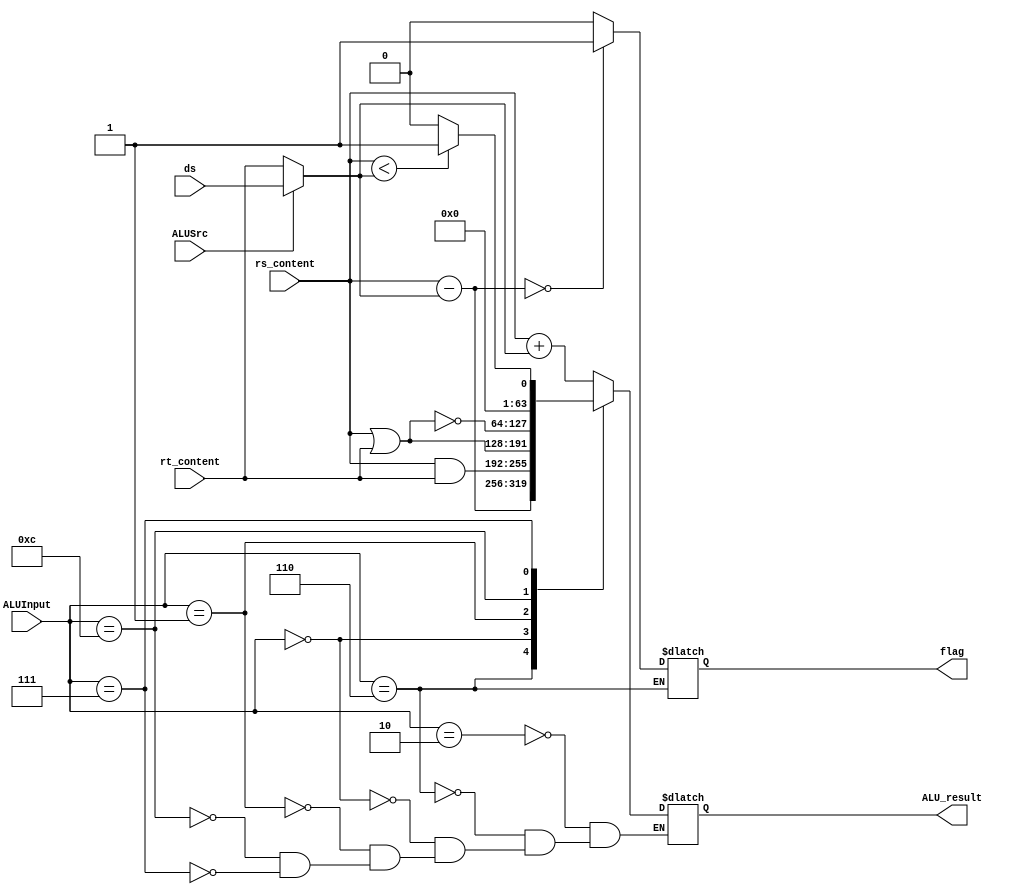
/* Module designed to act as the ALU - takes in the opcode, contents of the registers, shiftAmount, ALUResult and AluSrc signals
   with the signedImm as arguments
*/

module ALU64bit(
    output reg [63:0] ALU_result,
    output reg flag,
	input ALUSrc,
	input [3:0] ALUInput,
    input [63:0] rs_content, rt_content,
	input [63:0] ds 
    //input [5:0] opcode,
    //input [4:0] rs, rt, rd, bo, bi,
    //input [15:0] si, //for d type instructions
    //input [9:0] xox,
    //input [8:0] xoxo,
    //input aa, 
    //input [1:0] xods
);

    reg signed [63:0] temp, signed_rt, signed_rs;
    //reg [63:0] zeroExtendSI, signExtendSI, zeroExtendDS;

    always @(rs_content, rt_content, ds, ALUInput)
    begin

		signed_rs = rs_content;
		if(ALUSrc) begin
			signed_rt = ds; 
		end
		else
			signed_rt = rt_content;
		//$display("YYTYTT %64b\n",signed_rt);
			
            case(ALUInput)
			
                4'b0010 : //ADD
                    begin
                    ALU_result = signed_rs + signed_rt;
                    end

                4'b0110 : //SUB - Subtract
					begin
                    ALU_result = signed_rs - signed_rt;
					if(ALU_result == 0) 
						flag = 1'b1;
					else
						flag = 1'b0;
					end

                4'b0000 : //AND
                    ALU_result = rs_content & rt_content;
					
                4'b0001 : //OR
                    ALU_result = rs_content | rt_content;
					
                4'b1100 : //NOR
                    ALU_result = ~(rs_content | rt_content);
					
                4'b0111 : //SLT - Set less than
                    begin
                        if(signed_rs < signed_rt) begin
                            ALU_result = 1;
                        end else begin
                            ALU_result = 0;
                        end
                    end
			
            endcase
	end
			

//		zeroExtendSI = {{48{1'b0}},si[15:0]};
//		signExtendSI = {{48{si[15]}},si[15:0]};
//		zeroExtendDS = {{50{1'b0}},ds[13:0]};

/*      if(opcode == 6'd31 & xoxo != 9'd0)    //XO Format
      begin
            // $display("ADDING\n");
          case(xoxo)
            9'd266: //ADD
                ALU_result = signed_rs + signed_rt;
            9'd40 : //SUBF
                ALU_result = signed_rt - signed_rs;
          endcase
      end  

      else if(opcode == 6'd31 & xox != 10'd0)   //X Format
      begin

        case(xox)

            10'd28: //AND
                ALU_result = signed_rt & signed_rs;
            10'd476: //NAND
                ALU_result = ~(signed_rs & signed_rt);
            10'd444: //OR
                ALU_result = signed_rs | signed_rt;
            10'd316: //XOR
                ALU_result = signed_rs ^ signed_rt;
            10'd986: //EXTSW
                ALU_result = {{32{signed_rs[31]}}, signed_rs[31:0]};
        endcase
      end

      else if(opcode == 6'd19)      //B Format 
      begin
        if(aa == 1) //BEQ
        begin
          ALU_result = signed_rs - signed_rt;
          if(ALU_result == 0)
              Branch = 1'b1;
          else
              Branch = 1'b0;
        end
        else if(aa == 0) //BNE
        begin
            ALU_result = signed_rs - signed_rt;
            if(ALU_result != 0)
            begin
              Branch = 1'b1;
              ALU_result = 1'b0;
              end
            else
              Branch = 1'b0; 
        end
      end

      else if(opcode == 6'd18) //I Format
            Branch = 1'b1;
    
      else if(si != 15'b0)      //D Format
      begin
        //   $display("ADD");
          case(opcode)

            6'd14: //ADDI
                ALU_result = signed_rs + zeroExtendSI;
            6'd15: //ADDIS
                ALU_result = signed_rs + signExtendSI;
            6'd28: //ANDI
                ALU_result = signed_rs & zeroExtendSI;
            6'd24: //ORI
                ALU_result = signed_rs | zeroExtendSI;
            6'd26: //XORI
                ALU_result = signed_rs ^ zeroExtendSI;
            6'd32: //LW0
                ALU_result = signed_rs + zeroExtendSI;
            6'd36: //SW
                ALU_result = signed_rs + signExtendSI;
            6'd37: //SWU
                ALU_result = signed_rs + signExtendSI;
            6'd40: //LHW
                ALU_result = signed_rs + signExtendSI;
            6'd42: //LHWA
                ALU_result = signed_rs + signExtendSI;
            6'd44: //SHW
                ALU_result = signed_rs + signExtendSI;
            6'd34: //LB0    
                ALU_result = signed_rs + zeroExtendSI;
            6'd38: //SB
                ALU_result = signed_rs + signExtendSI;
          endcase
      end  

      else if(ds != 14'b0)      //DS Format
      begin
        if(opcode == 6'd58)
            ALU_result = signed_rs + zeroExtendDS;
        else if(opcode == 6'd62)
            ALU_result = signed_rs + zeroExtendDS;  
      end
    end*/

    //Display
	initial begin
        $monitor("RS : %64b\n, RT/DS : %64b\nFlag : %1b\n Result : %64b\n", signed_rs, signed_rt, flag, ALU_result);
    end
	
endmodule